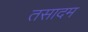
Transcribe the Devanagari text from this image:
तसादम